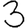
Digit: 3